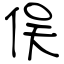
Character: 俣